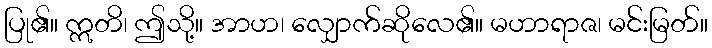
ပြု၏။ ဣတိ၊ ဤသို့။ အာဟ၊ လျှောက်ဆိုလေ၏။ မဟာရာဇ၊ မင်းမြတ်။